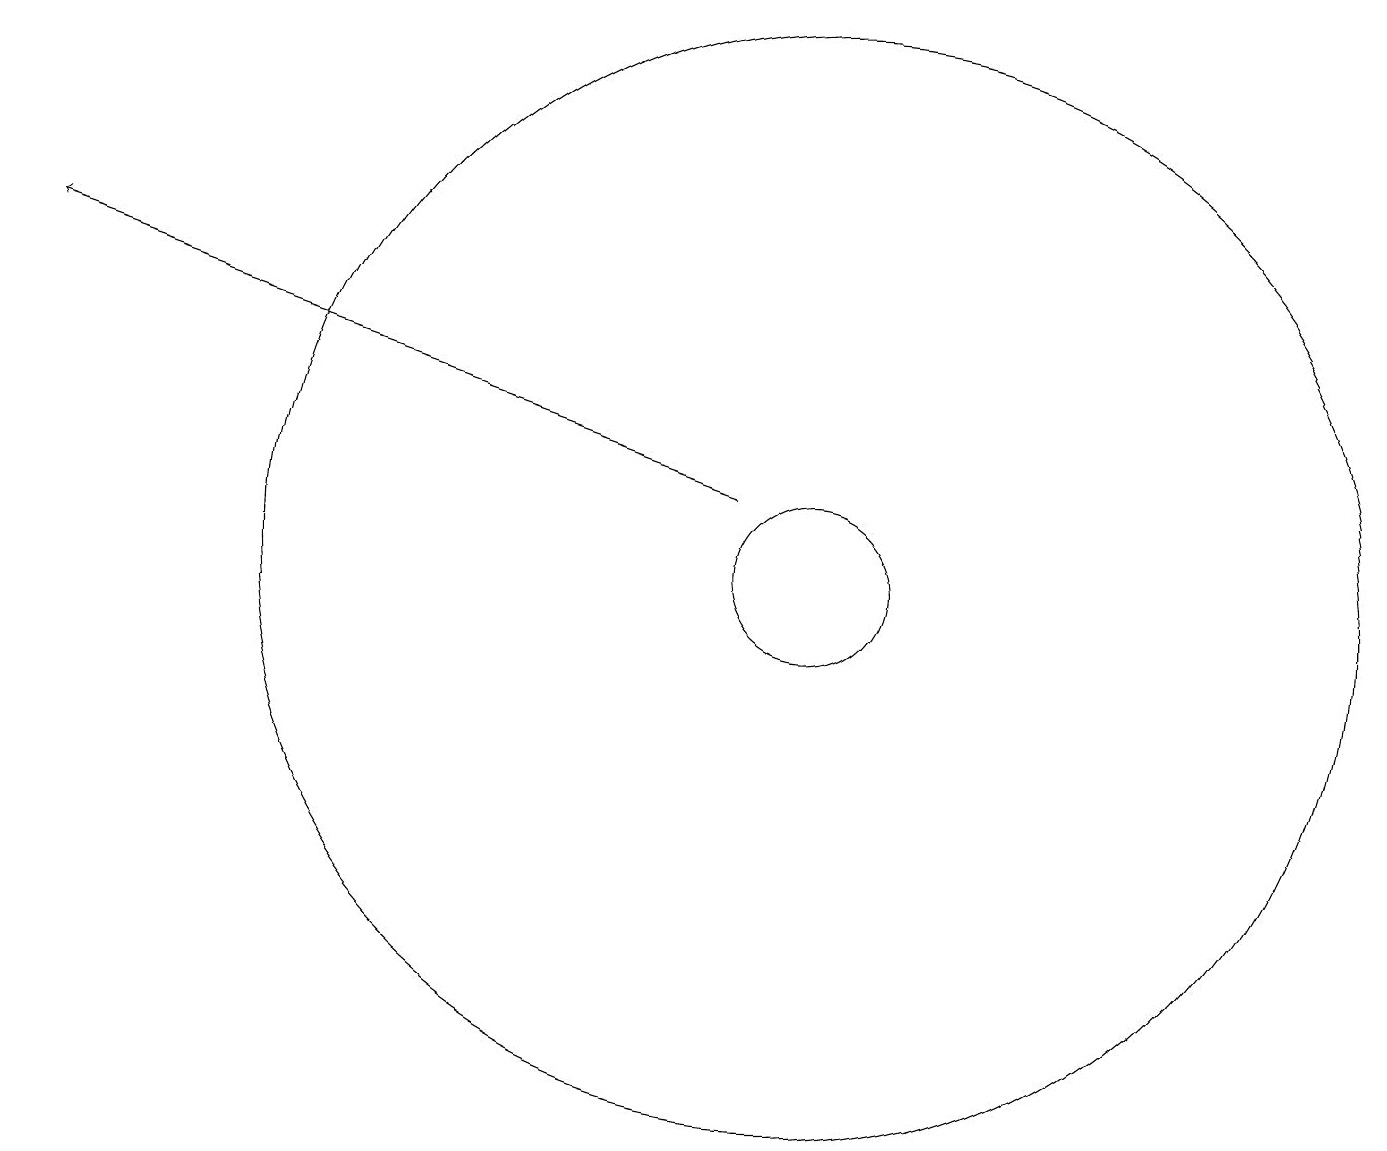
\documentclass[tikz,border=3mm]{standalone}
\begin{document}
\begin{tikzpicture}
\draw (10,11) circle (1);
\draw[->] (9,12) -- (0,15);
\draw (10,11) circle (7);
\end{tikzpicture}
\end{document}